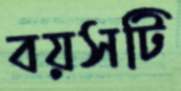
বয়সটি